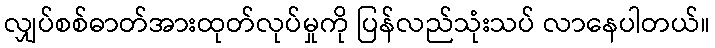
လျှပ်စစ်ဓာတ်အားထုတ်လုပ်မှုကို ပြန်လည်သုံးသပ် လာနေပါတယ်။